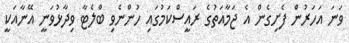
ވަނަ އަހަރުން ފެށިގެން އެ ޖަމާއަތުގެ ރައީސްކަމުގައި ހުންނެވި ބްލެޓާ ވިދާޅުވަނީ އޭނާއަކީ